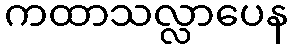
ကထာသလ္လာပေန